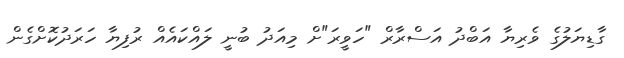
ގާޑިޔަލުގެ ވެރިޔާ އަބްދު އަސްރާރް "ހަވީރަ"ށް މިއަދު ބުނީ ލައްކައެއް ރުފިޔާ ހަރަދުކޮށްގެން